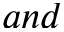
a n d